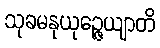
သုခမနုယုဉ္ဇေယျာတိ